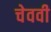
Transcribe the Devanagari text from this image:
चेववी